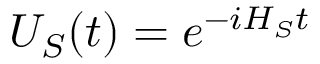
U _ { S } ( t ) = e ^ { - i H _ { S } t }